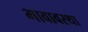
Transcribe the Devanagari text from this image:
भावावस्था